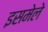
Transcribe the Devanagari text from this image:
इसमेले